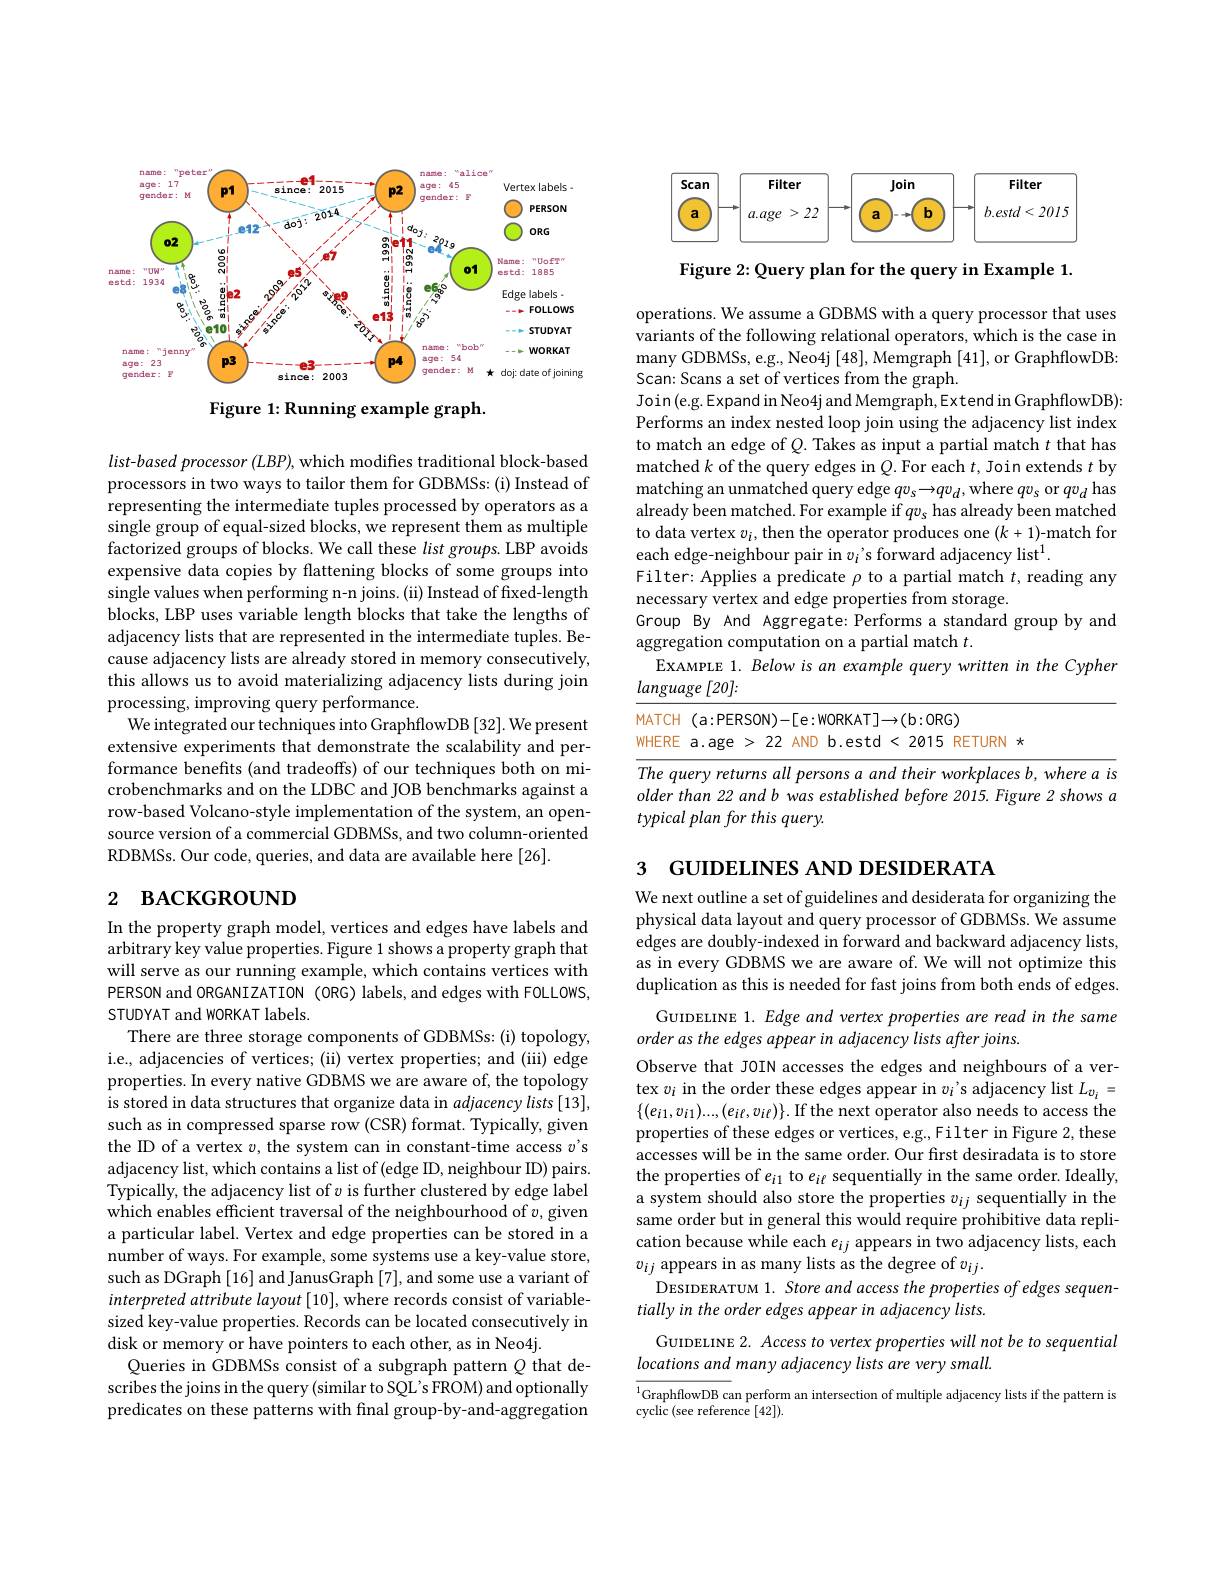
<FigureHere>

Figure 1: Running example graph.

$list-based$ processor (LBP), which modifies traditional block-based processors in two ways to tailor them for GDBMSs: (i) Instead of representing the intermediate tuples processed by operators as a single group of equal-sized blocks, we represent them as multiple factorized groups of blocks. We call these list groups. LBP avoids expensive data copies by flattening blocks of some groups into single values when performing n-n joins. (ii) Instead of fixed-length blocks, LBP uses variable length blocks that take the lengths of adjacency lists that are represented in the intermediate tuples. Because adjacency lists are already stored in memory consecutively, this allows us to avoid materializing adjacency lists during join processing, improving query performance.
We integrated our techniques into GraphflowDB [32]. We present extensive experiments that demonstrate the scalability and performance benefits (and tradeoffs) of our techniques both on microbenchmarks and on the LDBC and JOB benchmarks against a row-based Volcano-style implementation of the system, an opensource version of a commercial GDBMSs, and two column-oriented RDBMSs. Our code, queries, and data are available here [26].

# 2 васкєвоиморетилан

In the property graph model, vertices and edges have labels and arbitrary key value properties. Figure 1 shows a property graph that will serve as our running example, which contains vertices with PERSON and ORGANIZATION (ORG) labels, and edges with FOLLOWS, STUDYAT and WORKAT labels.
There are three storage components of GDBMSs: (i) topology, i.e., adjacencies of vertices; (ii) vertex properties; and (iii) edge properties. In every native GDBMS we are aware of, the topology is stored in data structures that organize data in $adjacencylists[13]$, such as in compressed sparse row (CSR) format. Typically, given the ID of a vertex $v$, the system can in constant-time access $v^{\prime}$s adjacency list, which contains a list of (edge ID, neighbour ID) pairs. Typically, the adjacency list of $v$ is further clustered by edge label which enables efficient traversal of the neighbourhood of $v$,given a particular label. Vertex and edge properties can be stored in a number of ways. For example, some systems use a key-value store, such as DGraph [16] and JanusGraph [7], and some use a variant of interpreted attribute layout [10], where records consist of variablesized key-value properties. Records can be located consecutively in disk or memory or have pointers to each other, as in Neo4j.
Queries in GDBMSs consist of a subgraph pattern $Q$ that describes the joins in the query (similar to SQL's FROM) and optionally predicates on these patterns with final group-by-and-aggregation

<FigureHere>

Figure 2: Query plan for the query in Example 1.

operations. We assume a GDBMS with a query processor that uses variants of the following relational operators, which is the case in many GDBMSs, e.g., Neo4j [48], Memgraph [41], or GraphflowDB: Scan: Scans a set of vertices from the graph.
Join(e.g.Expand in Neo4j and Memgraph,Extend in GraphflowDB): Performs an index nested loop join using the adjacency list index to match an edge of $Q.$ Takes as input a partial match $t$ that has matched $k$ of the query edges in $Q.$ For each $t$, Join extends $t$ by matching an unmatched query edge $qv_s\to qv_d$, where $qv_s$ or $qv_d$ has already been matched. For example if $qv_s$ has already been matched to data vertex $v_i$, then the operator produces one $(k+1)$-match for each edge-neighbour pair in $v_i$'s forward adjacency list$^1.$
Filter: Applies a predicate $\rho$ to a partial match $t$, reading any
necessary vertex and edge properties from storage.
Group By And Aggregate: Performs a standard group by and
aggregation computation on a partial match $t.$
EXAMPLE 1. Below is an example query written in the Cypher
language [20]:

MATCH $(a:$PERSON)-[e:WORKAT$]\to($b:ORG)
WHERE a.age > 22 AND b.estd < 2015 RETURN *

$\overline{The\text{ query returns all persons a and their workplaces b, where a is}}$ older than 22 and b was established before 2015.Figure 2 shows a typical plan for this query.

3 GUIDELINES AND DESIDERATA

We next outline a set of guidelines and desiderata for organizing the physical data layout and query processor of GDBMSs. We assume edges are doubly-indexed in forward and backward adjacency lists, as in every GDBMS we are aware of. We will not optimize this duplication as this is needed for fast joins from both ends of edges.

GUIDELINE 1. Edge and vertex properties are read in the same
order as the edges appear in adjacency lists after joins
Observe that JOIN accesses the edges and neighbours of a vertex $v_i$ in the order these edges appear in $v_i$'s adjacency list $L_{v_i}=$ $\{(e_{i1},v_{i1})...,(e_{i\ell},v_{i\ell})\}.$ If the next operator also needs to access the properties of these edges or vertices, e.g., Filter in Figure 2, these accesses will be in the same order. Our frst desiradata is to store the properties of $e_{i1}$ to $e_{i\ell}$ sequentially in the same order. Ideally, a system should also store the properties $v_{ij}$ sequentially in the same order but in general this would require prohibitive data replication because while each $e_ij$ appears in two adjacency lists, each $v_{ij}$ appears in as many lists as the degree of $v_ij.$
DESIDERATUM 1. Store and access the properties of edges sequen-
tially in the order edges appear in adjacency lists.
GUIDELINE 2. Access to vertex properties will not be to sequential

locations and many adjacency lists are very small.

$\overline{^1\text{GraphflowDB can perform an intersection of multiple adjacency lists if the pattern is}}$
$\tilde{\text{cyclic}}($see reference[42]).